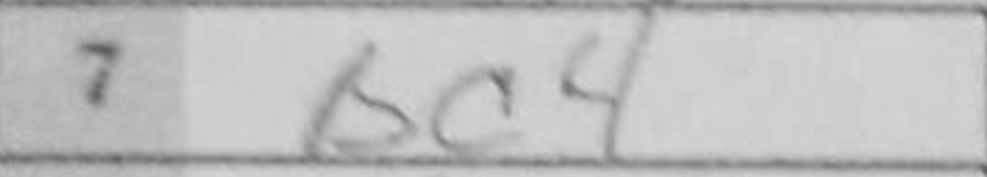
Transcription: Bc4